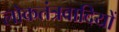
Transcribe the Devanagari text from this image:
लोकतंत्रवादियों